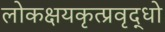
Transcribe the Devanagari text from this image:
लोकक्षयकृत्प्रवृद्धो